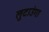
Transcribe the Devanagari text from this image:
लुटाउंगा